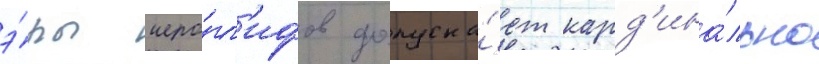
э́ры иеро́гл'ифов допуска́ет кард'ина́льно